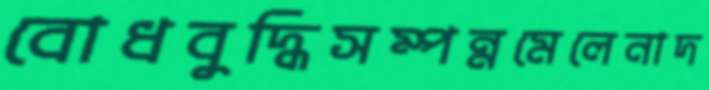
বোধবুদ্ধিসম্পন্নমেলেনাদ